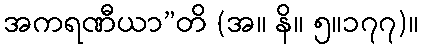
အကရဏီယာ”တိ (အ။ နိ။ ၅။၁၇၇)။